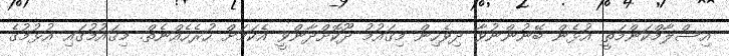
އިސްލާމްކަންމަތީ އުޅެން ބޭނުންނުވާ ދިވެހިން މިޤައުމު ދޫކޮށްދާންވީ އެކަމަށް ހުރެހެއްނެތް. މިޤައުމުގައި އުޅުމުގެ